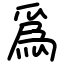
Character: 爲